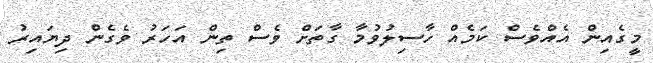
މީގެއިން އެއްވެސް ކަމެއް ހާސިލުވުމާ ގާތަށް ވެސް ތިން އަހަރު ވެގެން ދިޔައިރު